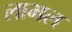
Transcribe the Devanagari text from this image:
लाभल